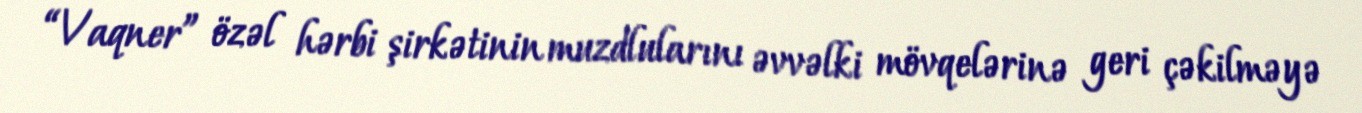
“Vaqner” özəl hərbi şirkətinin muzdlularını əvvəlki mövqelərinə geri çəkilməyə